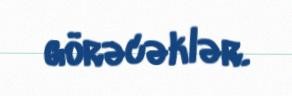
görəcəklər.